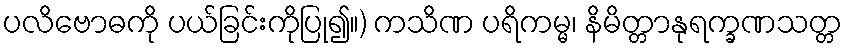
ပလိဗောဓကို ပယ်ခြင်းကိုပြု၍။) ကသိဏ ပရိကမ္မ၊ နိမိတ္တာနုရက္ခဏသတ္တ